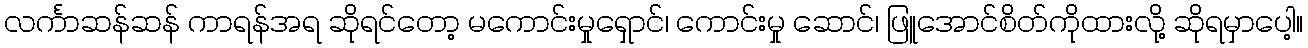
လင်္ကာဆန်ဆန် ကာရန်အရ ဆိုရင်တော့ မကောင်းမှုရှောင်၊ ကောင်းမှု ဆောင်၊ ဖြူအောင်စိတ်ကိုထားလို့ ဆိုရမှာပေါ့။